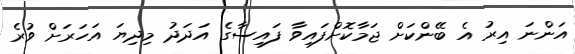
އަންނަ އިރު އެ ބޭންކަށް ޖަމާކޮށްފައިވާ ފައިސާގެ އަދަދު މިދިޔަ އަހަރަށް ވުރެ